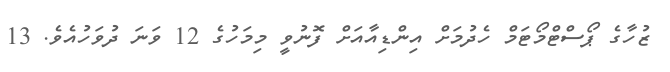
ޒުހާގެ ޕޯސްޓްމޯޓަމް ހެދުމަށް އިންޑިއާއަށް ފޮނުވީ މިމަހުގެ 12 ވަނަ ދުވަހުއެވެ. 13